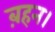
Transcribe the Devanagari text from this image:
ब़हन।